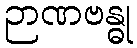
ဉာဏဗန္ဓု